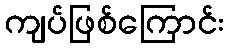
ကျပ်ဖြစ်ကြောင်း